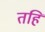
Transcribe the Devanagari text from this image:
तहि